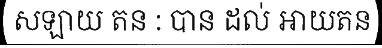
សឡាយ តន : បាន ដល់ ឤយតន